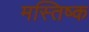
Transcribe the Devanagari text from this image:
मस्तिष्क